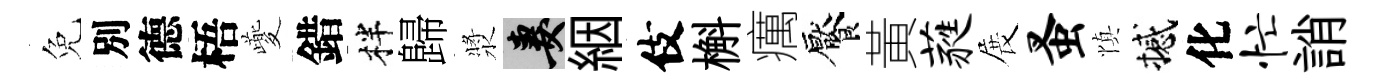
免別德梧夔錯柈歸漿妻絪伎槲癘饜黃蕤展蚤慎撼化忙誚